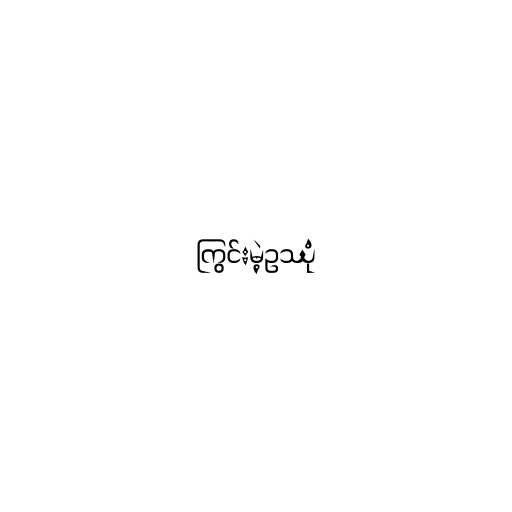
ကြွင်းမဲ့ဥဿုံ